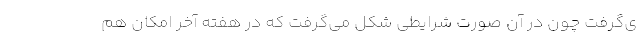
ی‌گرفت چون در آن صورت شرایطی شکل می‌گرفت که در هفته آخر امکان هم‌